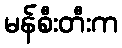
မန်စီးတီးက